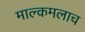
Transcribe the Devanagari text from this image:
माल्कमलाच